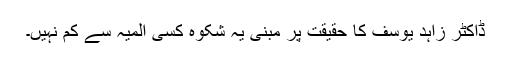
ڈاکٹر زاہد یوسف کا حقیقت پر مبنی یہ شکوہ کسی المیہ سے کم نہیں۔